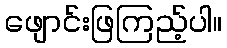
ဖျောင်းဖြကြည့်ပါ။